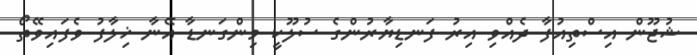
ޝުޖޫން އިސްތިއުފާ ދެއްވި އިރު ފަނޑިޔާރުންގެ ސުލޫކީ މިންގަނޑާ އޭނާ ޚިލާފު ވެފައިވޭތޯ